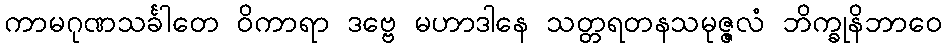
ကာမဂုဏသင်္ခါတေ ဝိကာရာ ဒဗ္ဗေ မဟာဒါနေ သတ္တရတနသမုဇ္ဇလံ ဘိက္ခုနိဘာဝေ